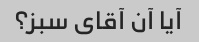
آیا آن آقای سبز؟